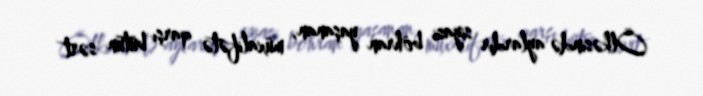
Ölkəsində aylardır siyasi böhran yaşanan, müxalifətə qarşı bütün sərt